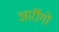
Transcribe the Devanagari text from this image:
आर्रीगो